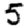
Digit: 5